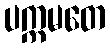
ပက္ကမတေ